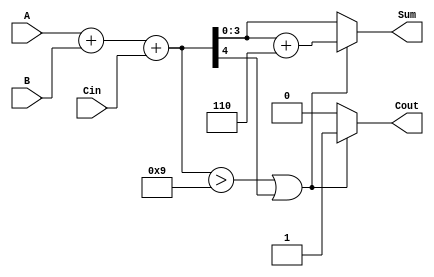
module BCD_Asynchronous_Adder (
    input  [3:0] A,      // First BCD digit
    input  [3:0] B,      // Second BCD digit
    input         Cin,    // Carry input
    output reg [3:0] Sum, // BCD sum output
    output reg Cout       // Carry output
);

    // Internal signals
    wire [4:0] sum;      // 5-bit sum to accommodate carry
    wire correction;      // Correction flag

    // Step 1: Perform binary addition
    assign sum = A + B + Cin;

    // Step 2: Determine if correction is needed
    assign correction = (sum > 9) || (sum[4]); // If sum > 9 or carry out

    // Step 3: BCD correction and output assignment
    always @(*) begin
        if (correction) begin
            Sum = sum + 5'b0110; // Add 6 for BCD correction
            Cout = 1;            // Set carry out
        end else begin
            Sum = sum[3:0];      // No correction needed
            Cout = 0;            // No carry out
        end
    end

endmodule